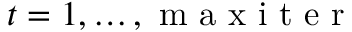
t = 1 , \dots , \mathrm { ~ m ~ a ~ x ~ i ~ t ~ e ~ r ~ }